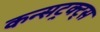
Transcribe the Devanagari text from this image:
कन्सट्रक्ट्स